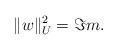
LaTeX: \begin{align*} \|w\|_U^2 = \Im m .\end{align*}